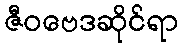
ဇီဝဗေဒဆိုင်ရာ